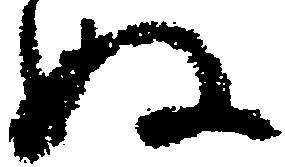
ぬ